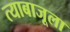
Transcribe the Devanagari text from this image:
त्याबाजूला